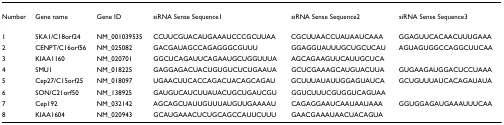
| Number | Gene name | Gene ID | siRNA Sense Sequence1 | siRNA Sense Sequence2 | siRNA Sense Sequence3 |
 | --- | --- | --- | --- | --- | --- |
 | 1 | SKA1/C18orf24 | NM_001039535 | CCUUCGUACAUGAAAUCCCGCUUAA | CGCUUAACCUAUAAUCAAA | GGAGUUCACAACUUUGAAA |
 | 2 | CENPT/C16orf56 | NM_025082 | GACGAUAGCCAGAGGGCGUUU | GGAGGUAUUUGCUGCUCAU | AGUAGUGGCCAGGCUUCAA |
 | 3 | KIAA1160 | NM_020701 | GGCUCAGAUUCAGAAUGCUGGUUUA | AGCAGAAGUUCAUUGCUCA |  |
 | 4 | SMU1 | NM_018225 | GAGGAGACUACUGUGUCUCUGAAUA | GCUCGAAAGCAUGUACUUA | GUGAAGAUGGACUCCUAAA |
 | 5 | Cep27/C15orf25 | NM_018097 | UGAACUUCACCAGACUACAGCAGAU | GCUUUAUAUUGGAGUAUCA | GCUGUUUAUCACAGAUAUA |
 | 6 | SON/C21orf50 | NM_138925 | GAUGUCAUCUUAUACUGCUGAUCGU | GGUCUUUCGUGGUCAGUAA |  |
 | 7 | Cep192 | NM_032142 | AGCAGCUAUUGUUUAUGUUGAAAAU | CAGAGGAAUCAAUAAUAAA | GGUGGAGAUGAAAUUUCAA |
 | 8 | KIAA1604 | NM_020943 | GCAUGAAACUCUGCAGCCAUUCUUU | GAACGAAAUAACUACAGUA |  |